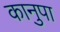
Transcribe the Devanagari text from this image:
कानुपा